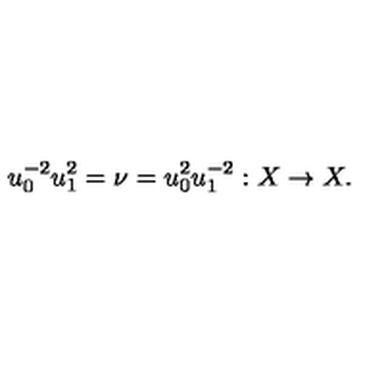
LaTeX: u _ { 0 } ^ { - 2 } u _ { 1 } ^ { 2 } = \nu = u _ { 0 } ^ { 2 } u _ { 1 } ^ { - 2 } : X \to X .